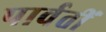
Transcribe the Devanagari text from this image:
पार्वतीं